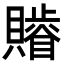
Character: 𧸥